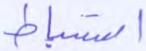
استنباط